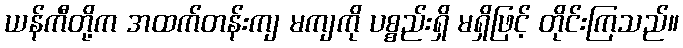
ယန်ကီတို့က အထက်တန်းကျ မကျကို ပစ္စည်းရှိ မရှိဖြင့် တိုင်းကြသည်။